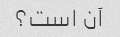
آن است؟